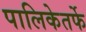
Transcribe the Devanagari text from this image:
पालिकेतर्फे